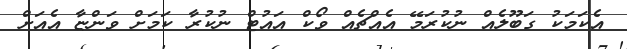
އެކަމަކު ގަބޫލެއް ނުކުރަމޭ އެއްޗެއް ވޯކް އައުޓް ނުކުރާ ކަމަށް ވަންޏާ އެއަށް